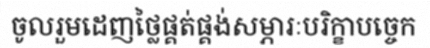
ចូលរួមដេញថ្លៃផ្គត់ផ្គង់សម្ភារៈបរិក្ខាបច្ចេក